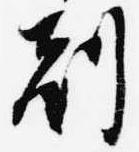
刻